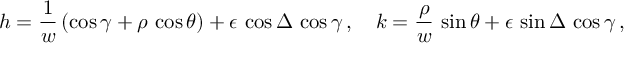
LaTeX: h = \frac { 1 } { w } \left( \cos \gamma + \rho \, \cos \theta \right) + \epsilon \, \cos \Delta \, \cos \gamma \, , \quad k = \frac { \rho } { w } \, \sin \theta + \epsilon \, \sin \Delta \, \cos \gamma \, ,